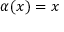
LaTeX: \alpha ( x ) = x